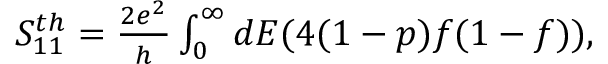
\begin{array} { r } { { S _ { 1 1 } ^ { t h } } = \frac { 2 e ^ { 2 } } { h } \int _ { 0 } ^ { \infty } d E ( 4 ( 1 - p ) f ( 1 - f ) ) , } \end{array}